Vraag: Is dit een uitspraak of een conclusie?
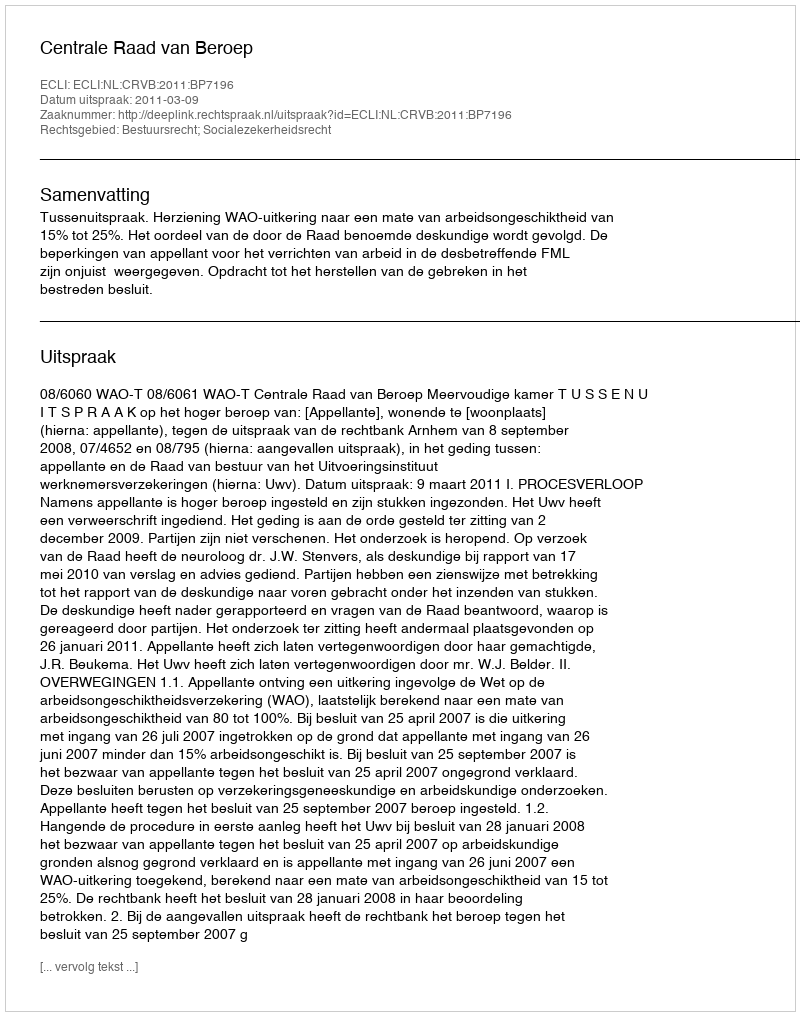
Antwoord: Uitspraak